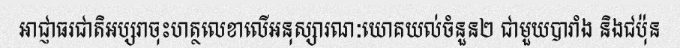
អាជ្ញាធរជាតិអប្សរាចុះហត្ថលេខាលើអនុស្សារណៈយោគយល់ចំនួន២ ជាមួយបារាំង និងជប៉ុន